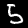
Digit: 5